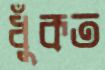
ধুঁকত